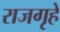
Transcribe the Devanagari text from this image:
राजगृहे